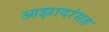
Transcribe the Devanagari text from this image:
आझादांसह